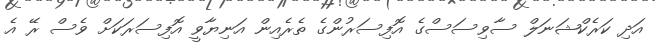
އަދި ކަރެކްޝަނަލް ސާވިސަސްގެ އޮފިސަރުންގެ ތެރެއިން އަނިޔާވީ އޮފިސަރަކަށް ވެސް ރޭ އެ